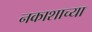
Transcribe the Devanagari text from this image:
नकाशाच्या